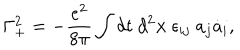
\Gamma _ { + } ^ { 2 } = - \frac { e ^ { 2 } } { 8 \pi } \int d t ~ d ^ { 2 } { \bf x } ~ \epsilon _ { i j } ~ a _ { j } \dot { a } _ { i } ,